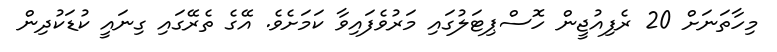
މިހާތަނަށް 20 ރެފިއުޖީން ހޮސްޕިޓަލުގައި މަރުވެފައިވާ ކަމަށެވެ. އޭގެ ތެރޭގައި ގިނައީ ކުޑަކުދިން